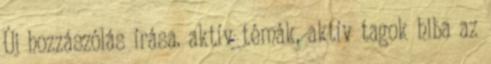
Új hozzászólás írása. aktív témák, aktív tagok hiba az